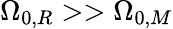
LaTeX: \Omega_{0,R}>>\Omega_{0,M}